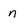
Character: n